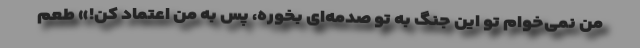
من نمی‌خوام تو این جنگ به تو صدمه‌ای بخوره، پس به من اعتماد کن!» طعم